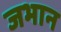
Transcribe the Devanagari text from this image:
जभान